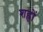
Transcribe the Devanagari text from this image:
शह्रों